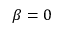
\beta = 0